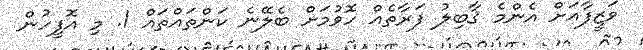
ވަޒީފާއަށް އެންމެ ޤާބިލު ފަރާތެއް ހޮވުމަށް ބެލޭނެ ކަންތައްތައް 1. މި އޮފީހުން